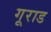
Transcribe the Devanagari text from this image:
गूराड